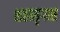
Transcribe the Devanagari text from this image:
शहामृगास